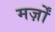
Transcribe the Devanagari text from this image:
मर्ज़ों